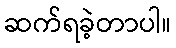
ဆက်ရခဲ့တာပါ။